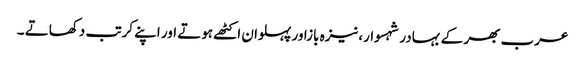
عرب بھر کے بہادر شہسوار،نیزہ بازاور پہلوان اکٹھے ہوتے اور اپنے کرتب دکھاتے ۔